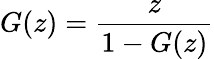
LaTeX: G(z)={\frac{z}{1-G(z)}}